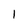
Character: 1